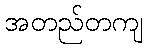
အတည်တကျ